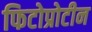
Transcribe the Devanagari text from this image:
फिटोप्रोटीन